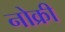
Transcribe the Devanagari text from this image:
नोक्री